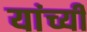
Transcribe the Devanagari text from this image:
यांच्यी